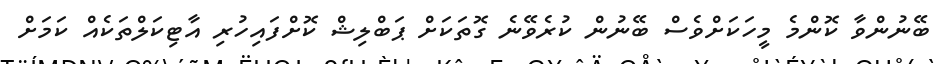
ބޭނުންވާ ކޮންމެ މީހަކަށްވެސް ބޭނުން ކުރެވޭނެ ގޮތަކަށް ޕަބްލިޝް ކޮށްފައިހުރި އާޓިކަލްތަކެއް ކަމަށް